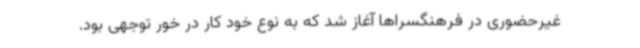
غیرحضوری در فرهنگسراها آغاز شد که به نوع خود کار در خور توجهی بود.